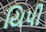
યિપી